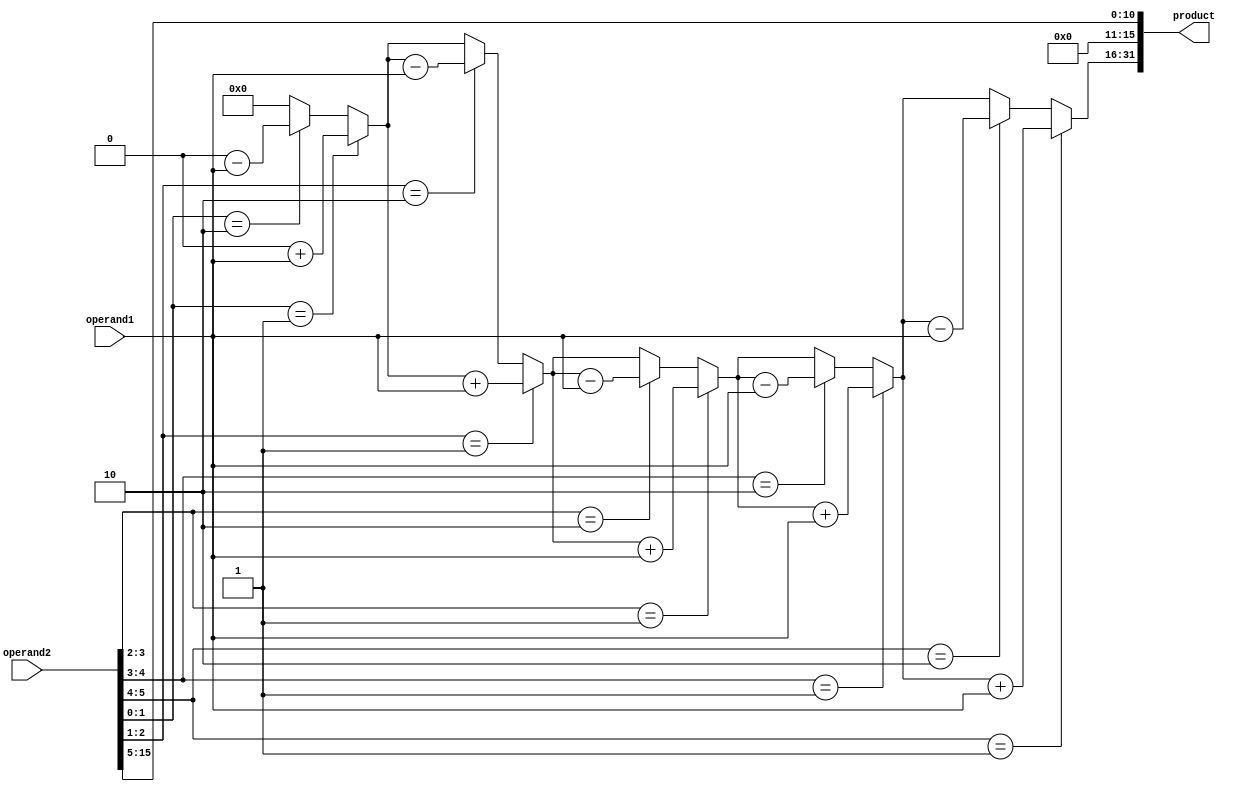
module Booth_multiplier(
    input [15:0] operand1,
    input [15:0] operand2,
    output reg [31:0] product
);

reg [15:0] A, S, P;
reg [4:0] count;

always @(*)
begin
    A = operand1;
    S = {16'b0, operand2};
    P = 16'b0;
    count = 5'b0;
    
    for (count = 0; count < 5; count = count + 1) begin
        if (S[0:1] == 2'b01) begin
            P = P + A;
        end
        else if (S[0:1] == 2'b10) begin
            P = P - A;
        end
        
        // Perform arithmetic right shift
        S = S >> 1;
    end
    
    product = {P, S[15:0]}; // concatenating the final product
end

endmodule